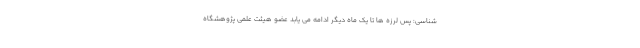
شناسی: پس لرزه ها تا یک ماه دیگر ادامه می یابد عضو هیئت علمی پژوهشگاه